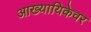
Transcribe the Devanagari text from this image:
आख्यायिकेवर